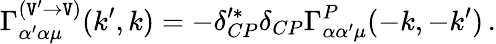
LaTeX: \Gamma_{\alpha^{\prime}\alpha\mu}^{(\mathtt{V}^{\prime}\rightarrow\mathtt{V})}(k^{\prime},k)=-\delta_{CP}^{\prime\ast}\delta_{CP}\Gamma_{\alpha\alpha^{\prime}\mu}^{P}(-k,-k^{\prime})\, .